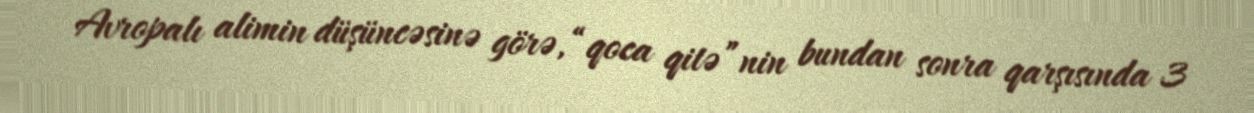
Avropalı alimin düşüncəsinə görə, “qoca qitə”nin bundan sonra qarşısında 3